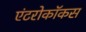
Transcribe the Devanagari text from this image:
एंटरोकॉकस